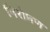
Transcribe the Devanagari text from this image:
निरोधण